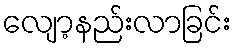
လျော့နည်းလာခြင်း